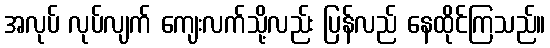
အလုပ် လုပ်လျက် ကျေးလက်သို့လည်း ပြန်လည် နေထိုင်ကြသည်။